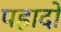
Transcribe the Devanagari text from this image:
पहादो